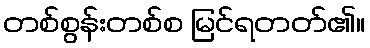
တစ်စွန်းတစ်စ မြင်ရတတ်၏။